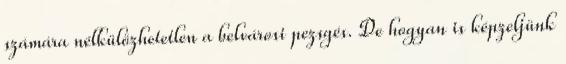
számára nélkülözhetetlen a belvárosi pezsgés. De hogyan is képzeljünk